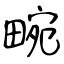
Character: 畹